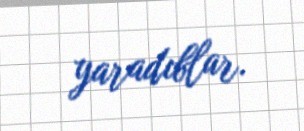
yaradıblar.